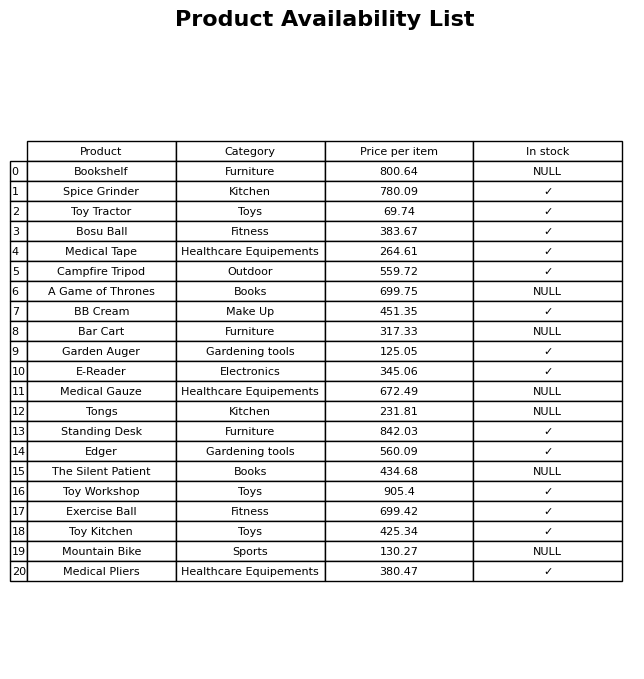
question: What category does the Bookshelf belong to?
answer: Furniture